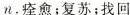
n.痊愈；复苏；找回